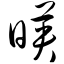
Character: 映